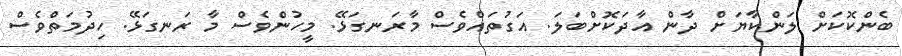
ބެންކޮކަށް ލަންކާޔަށް ދާން އާދަކޮށްބަލަ. އަގުތައްވެސް މާރަނގަޅޭ. މީހުންވެސް މާ ރަނގަޅޭ. ހިދުމަތްވެސް